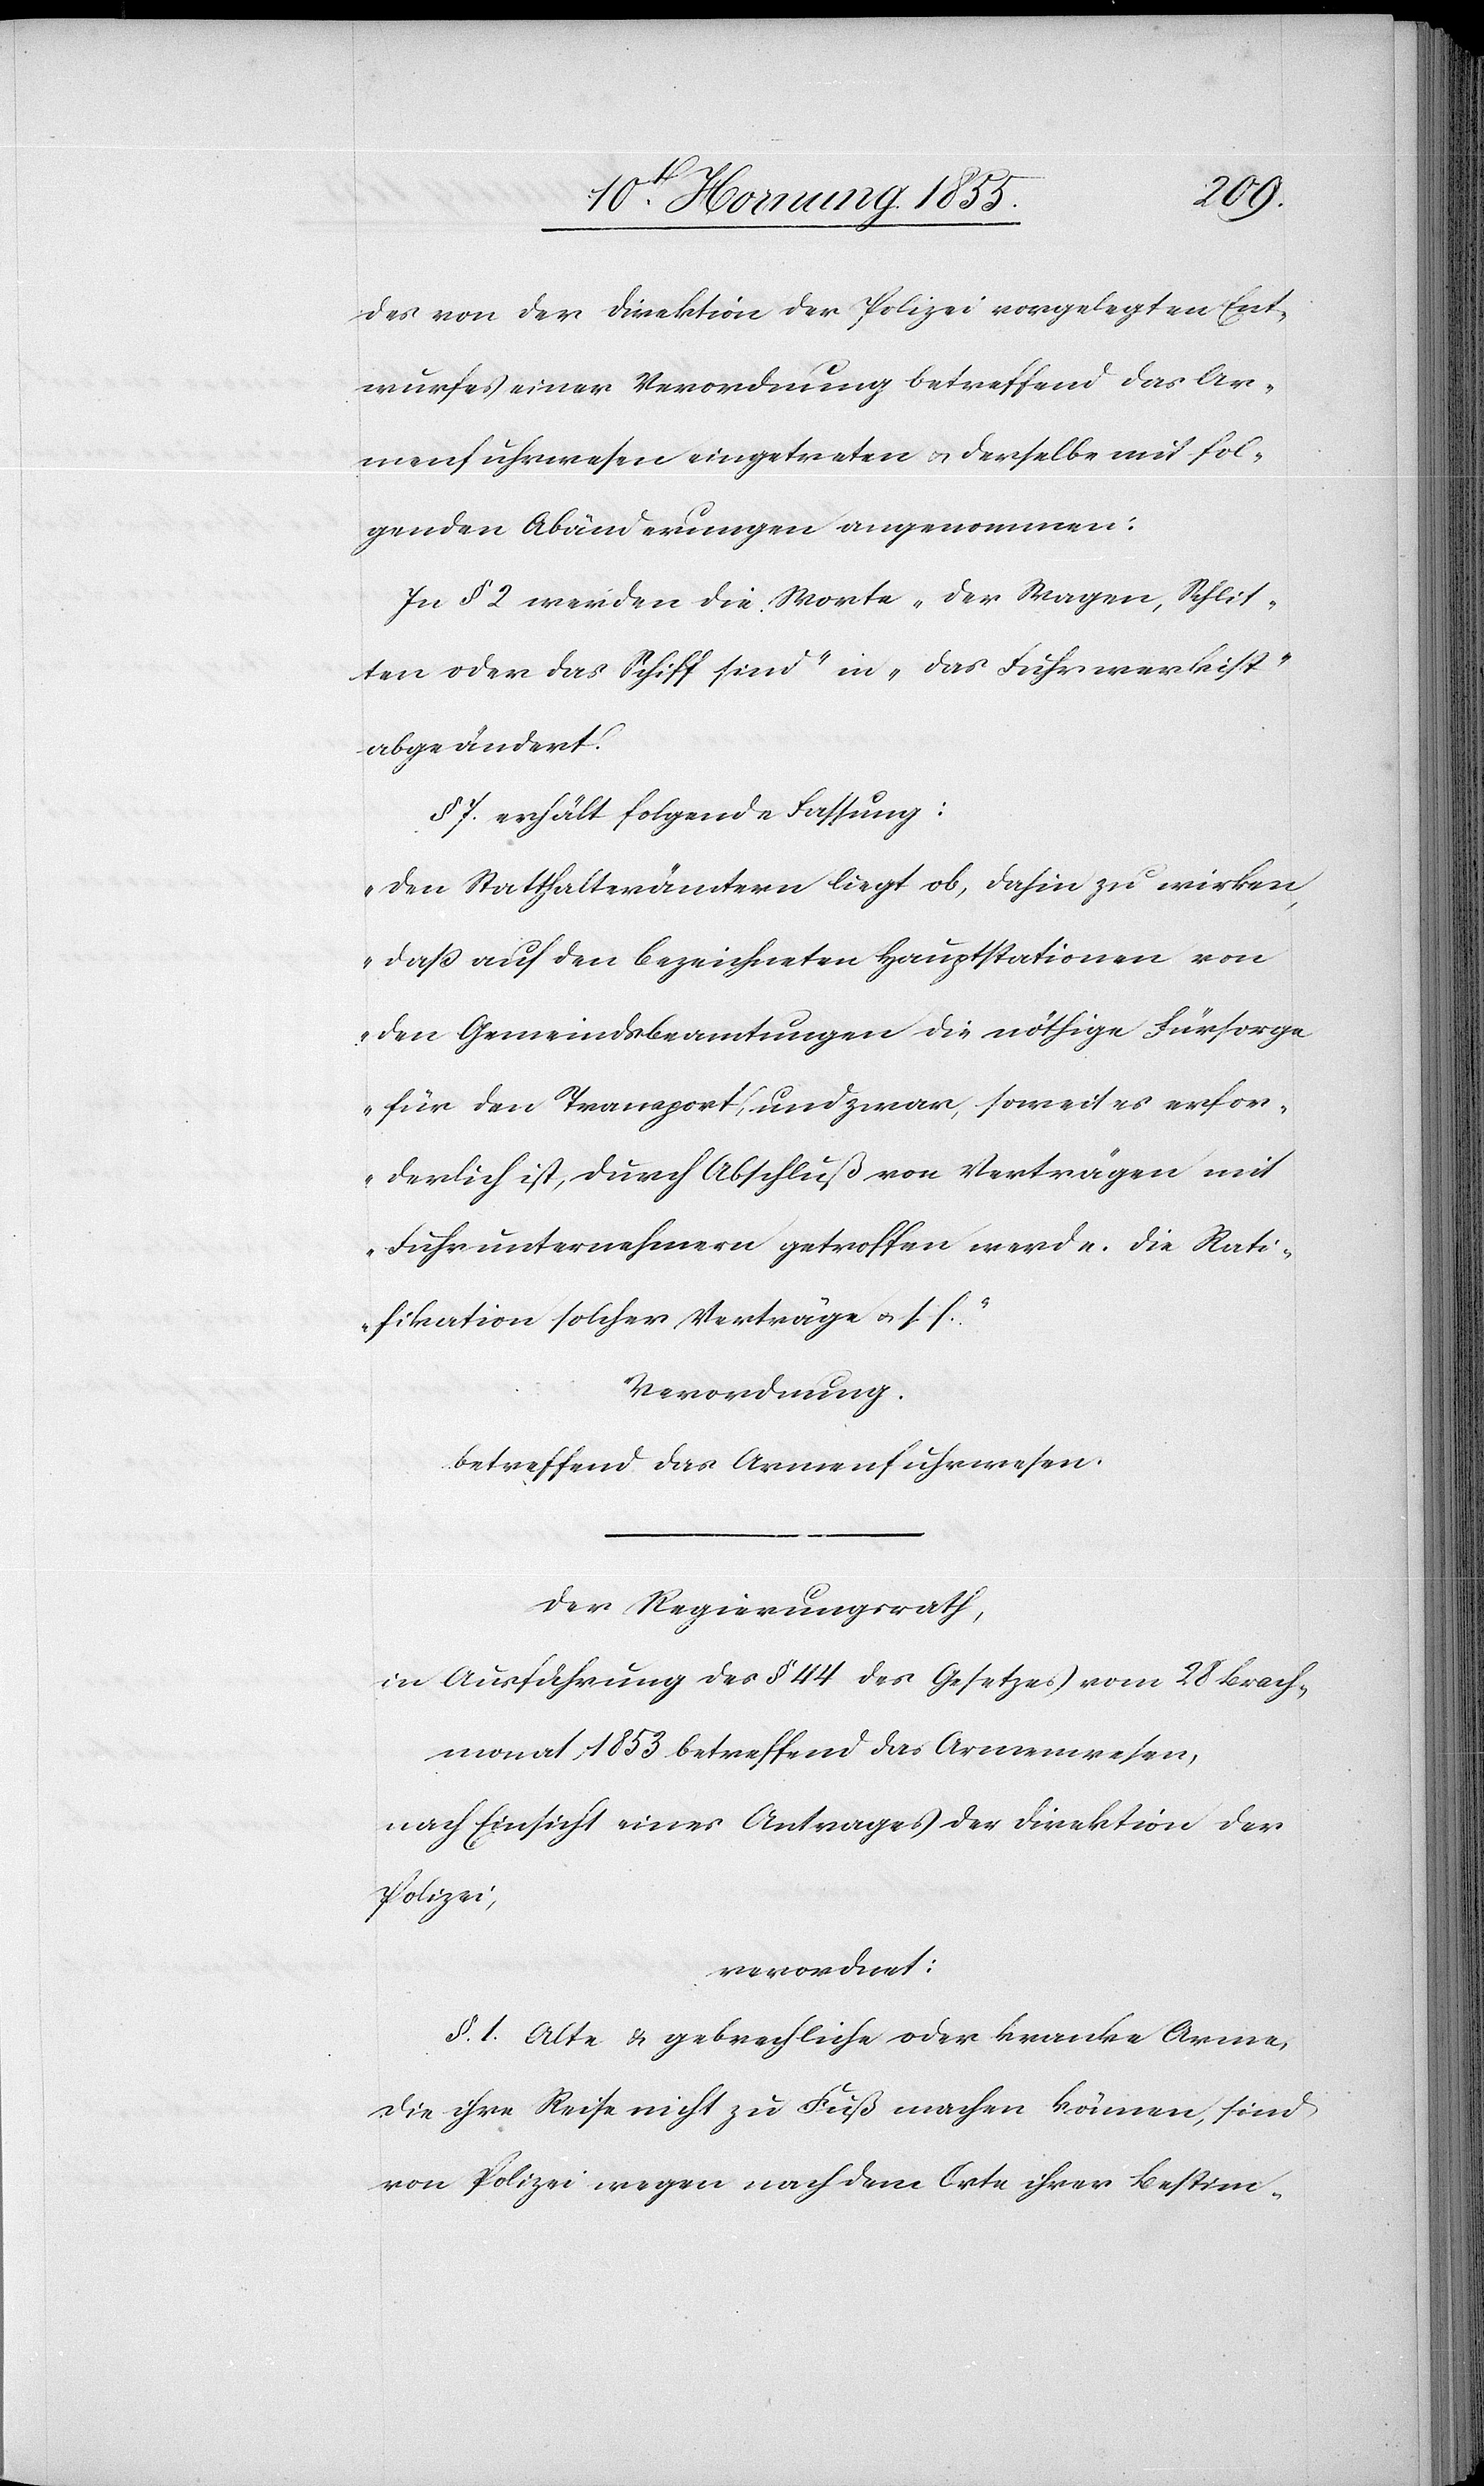
des von der Direktion der Polizei vorgelegten Ent¬
wurfes einer Verordnung betreffend das Ar¬
menfuhrwesen eingetreten & derselbe mit fol¬
genden Abänderungen angenommen:
In § 2 werden die Worte „der Wagen, Schlit¬
ten oder das Schiff sind“ in „das Fuhrwerk ist“
abgeändert.
§ 7. erhält folgende Fassung:
„Den Statthalterämtern liegt ob, dahin zu wirken,
daß auf den bezeichneten Hauptstationen von
den Gemeindsbeamtungen die nöthige Fürsorge
für den Transport, und zwar, soweit es erfor¬
derlich ist, durch Abschluß von Verträgen mit
Fuhrunternehmern getroffen werde. Die Rati¬
fikation solcher Verträge & s. f.“
Verordnung.
betreffend das Armenfuhrwesen.
Der Regierungsrath,
in Ausführung des § 44 des Gesetzes vom 28 Brach¬
monat 1853 betreffend das Armenwesen,
nach Einsicht eines Antrages der Direktion der
Polizei,
verordnet:
§. 1. Alte & gebrechliche oder kranke Arme,
die ihre Reise nicht zu Fuß machen können, sind
von Polizei wegen nach dem Orte ihrer Bestim-